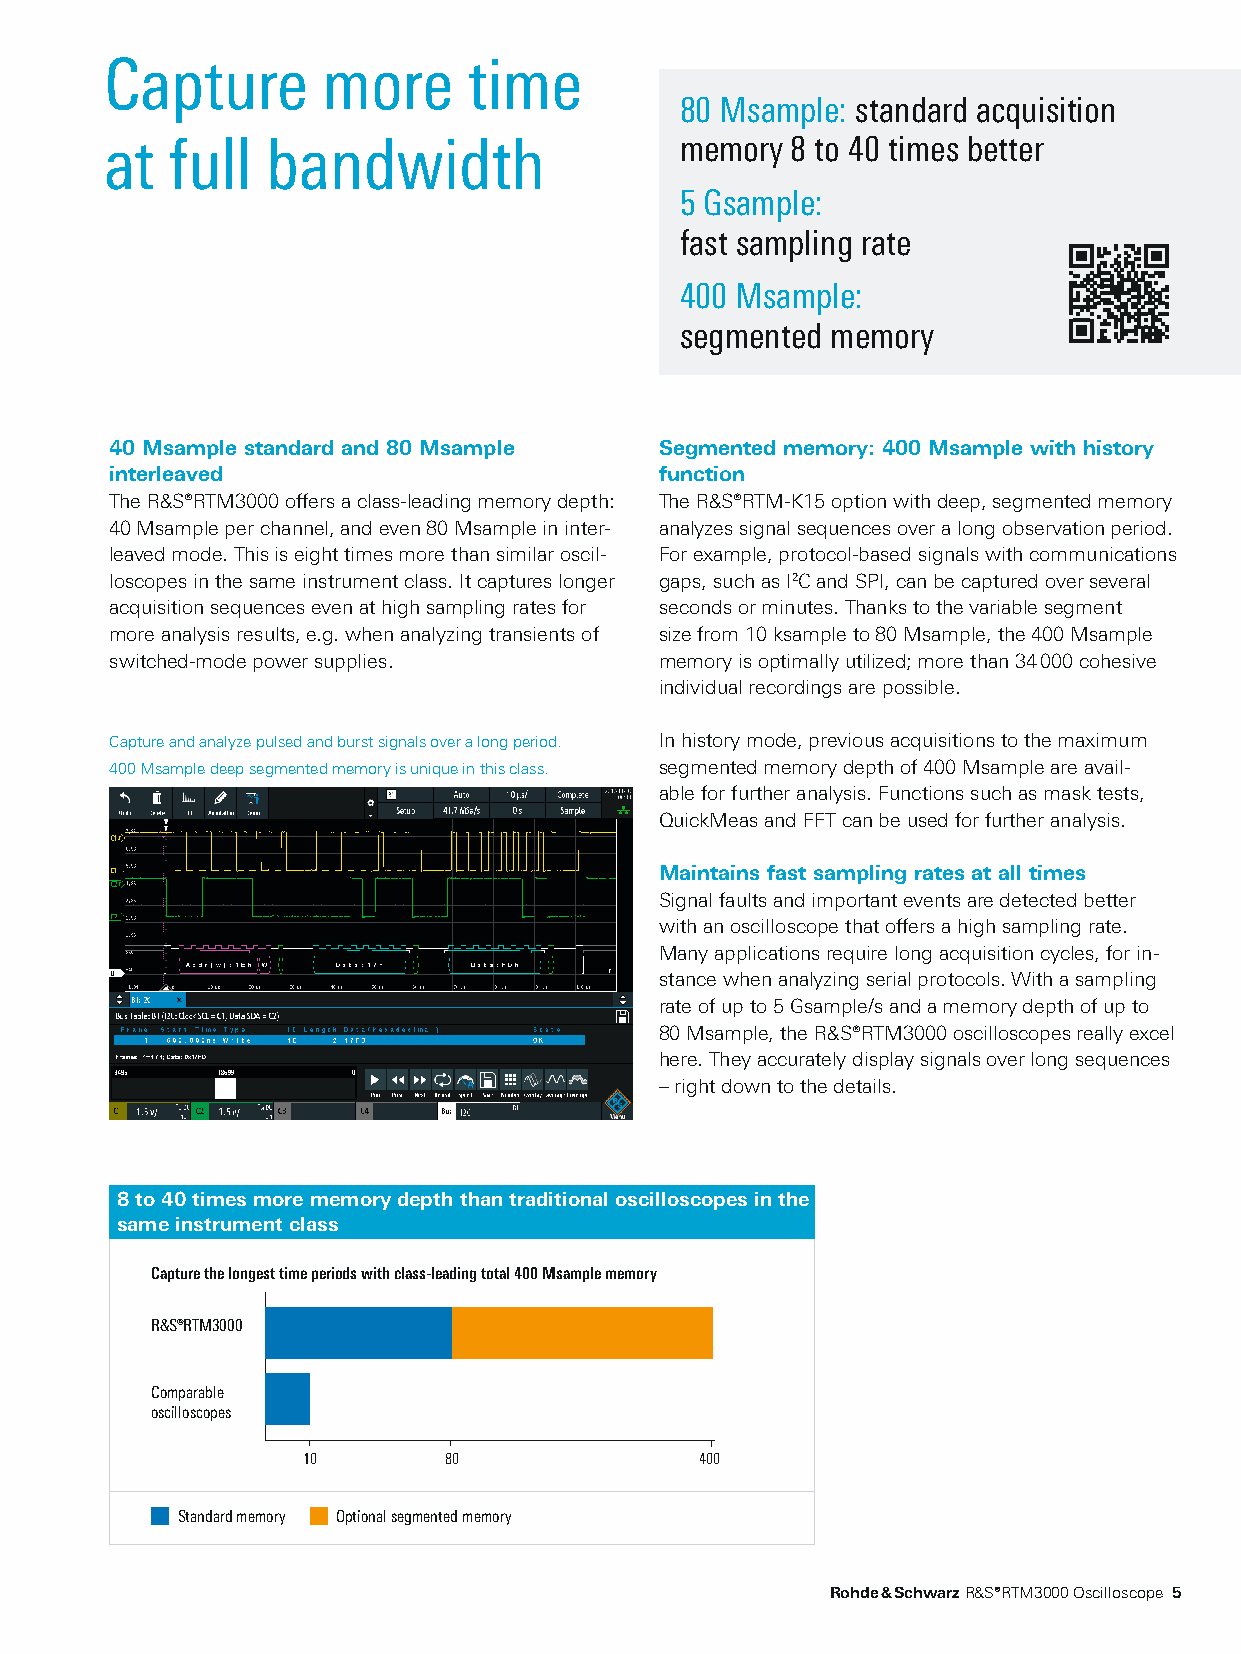
Capture       more      time
 80 Msample: standard acquisition
 at  full   bandwidth                  memory 8 to 40 times better
 5 Gsample:
 fast sampling rate
 400 Msample:
 segmented memory
 40 Msample standard and 80 Msample   Segmented memory: 400 Msample with history
 interleaved                          function
 The R&S®RTM3000 offers a class-leading memory depth: The R&S®RTM-K15 option with deep, segmented memory
 40 Msample per channel, and even 80 Msample in inter- analyzes signal sequences over a long observation period.
 leaved mode. This is eight times more than similar oscil- For example, protocol-based signals with communications
 loscopes in the same instrument class. It captures longer gaps, such as I2C and SPI, can be captured over several
 acquisition sequences even at high sampling rates for seconds or minutes. Thanks to the variable segment
 more analysis results, e.g. when analyzing transients of size from 10 ksample to 80 Msample, the 400 Msample
 switched-mode power supplies.        memory is optimally utilized; more than 34 000 cohesive
 individual recordings are possible.
 Capture and analyze pulsed and burst signals over a long period. In history mode, previous acquisitions to the maximum
 400 Msample deep segmented memory is unique in this class. segmented memory depth of 400 Msample are avail-
 able for further analysis. Functions such as mask tests,
 QuickMeas and FFT can be used for further analysis.
 Maintains fast sampling rates at all times
 Signal faults and important events are detected better
 with an oscilloscope that offers a high sampling rate.
 Many applications require long acquisition cycles, for in-
 stance when analyzing serial protocols. With a sampling
 rate of up to 5 Gsample/s and a memory depth of up to
 80 Msample, the R&S®RTM3000 oscilloscopes really excel
 here. They accurately display signals over long sequences
 – right down to the details.
 8 to 40 times more memory depth than traditional oscilloscopes in the
 same instrument class
 Capture the longest time periods with class-leading total 400 Msample memory
 ¸RTM3000
 Comparable
 oscilloscopes
 10       80               400
 Standard memory Optional segmented memory
 Rohde & Schwarz R&S®RTM3000 Oscilloscope 5
 RTM3000_bro_en_5214-9144-12_v0400.indd 5                                11.01.2018 09:01:22